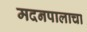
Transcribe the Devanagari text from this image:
मदनपालाचा